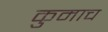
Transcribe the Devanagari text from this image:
कुमाच